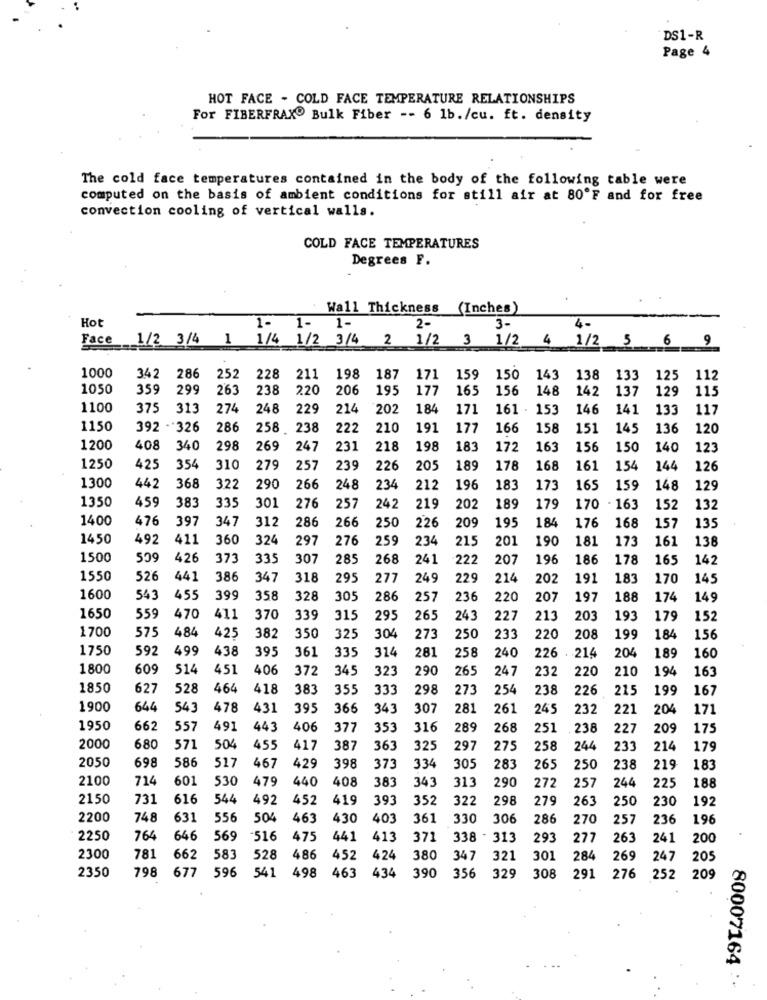
DS1-R
Page 4
HOT FACE - COLD FACE TEMPERATURE RELATIONSHIPS
For FIBERFRAX® Bulk Fiber -- 6 1b./cu. ft. density
The cold face temperatures contained in the body of the following table were
computed on the basis of ambient conditions for still air at 80ºF and for free
convection cooling of vertical walls.
COLD FACE TEMPERATURES
Degrees F.
Wall Thickness (Inches)
Hot
1-
1- 1-
2-
3-
4-
Face
1/2 3/4 1
1/4 1/2 3/4 2
1/2 3
1/2 4
1/2 5
1000
342
286
252
228
211
198
187
171
159
150
143
138
133
125
112
1050
359
299
263
238
220
206
195
177
165
156
148
142
137
129
115
1100
375
313
274
248
229
214
202
184
171
161 . 153
146
14
133
117
1150
392 - 326
286
258
238
222
210
191
177
166
158
151
145
136
120
1200
408
340
298
269
247
231
218
198
183
172
163
156
150
140
123
1250
354
310
279
257
239
226
20
189
178
168
161
154
144
126
1300
442
368
322
290
266
248
234
212
196
183
173
165
159
148
129
1350
459
383
335
301
276
257
242
219
202
189
179
170 - 163
152
132
1400
397
347
476
312
286
266
250
226
209
195
184
176
168
157
135
1450
492
411
360
324
297
276
259
234
215
201
190
181
173
161
138
1500
426
373
335
307
285
268
241
222
207
196
186
178
165
142
1550
526
441
386
347
318
295
277
249
229
214
202
191
183
170
145
1600
543
455
399
358
328
30
286
257
236
220
207
197
188
174
149
1650
559
470
411
370
339
315
295
265
243
227
213
203
193
179
152
1700
304
250
575
484
42
382
350
325
273
233
220
208
199
184
156
1750
592
499
438
395
361
314
204
335
281
258
240
226 . 214
189
160
1800
609
514
451
406
372
345
323
290
265
247
232
220
210
194
163
1850
627
528
464
418
383
355
333
298
273
254
238
226
215
199
167
1900
644
545
478
431
395
366
343
307
281
261
245
232
221
204
171
1950
662
557
491
443
406
377
353
316
289
268
251
238
227
209
175
2000
680
571
504
455
417
387
363
325
297
275
258
244
233
214
179
2050
698
586
517
429
467
398
373
334
305
283
265
250
238
219
183
2100
714
601
530
479
440
408
383
343
313
290
257
244
272
225
188
2150
731
616
544
492
452
419
393
352
322
298
279
263
230
192
250
2200
748
631
556
504
463
430
403
361
330 306
286
270
257
236
196
2250
764
646
569
-516
475
441
413
371
338 - 313
293
277
263
241
200
2300
781
662
583
528
486
452
424
380
347
321
301
284
269
247
205
2350
798
677
596 541
498
390
463 434
356
329
308
291
276
252
209
80007164